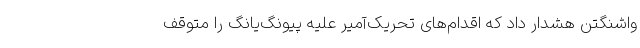
واشنگتن هشدار داد که اقدام‌های تحریک‌آمیر علیه پیونگ‌یانگ را متوقف